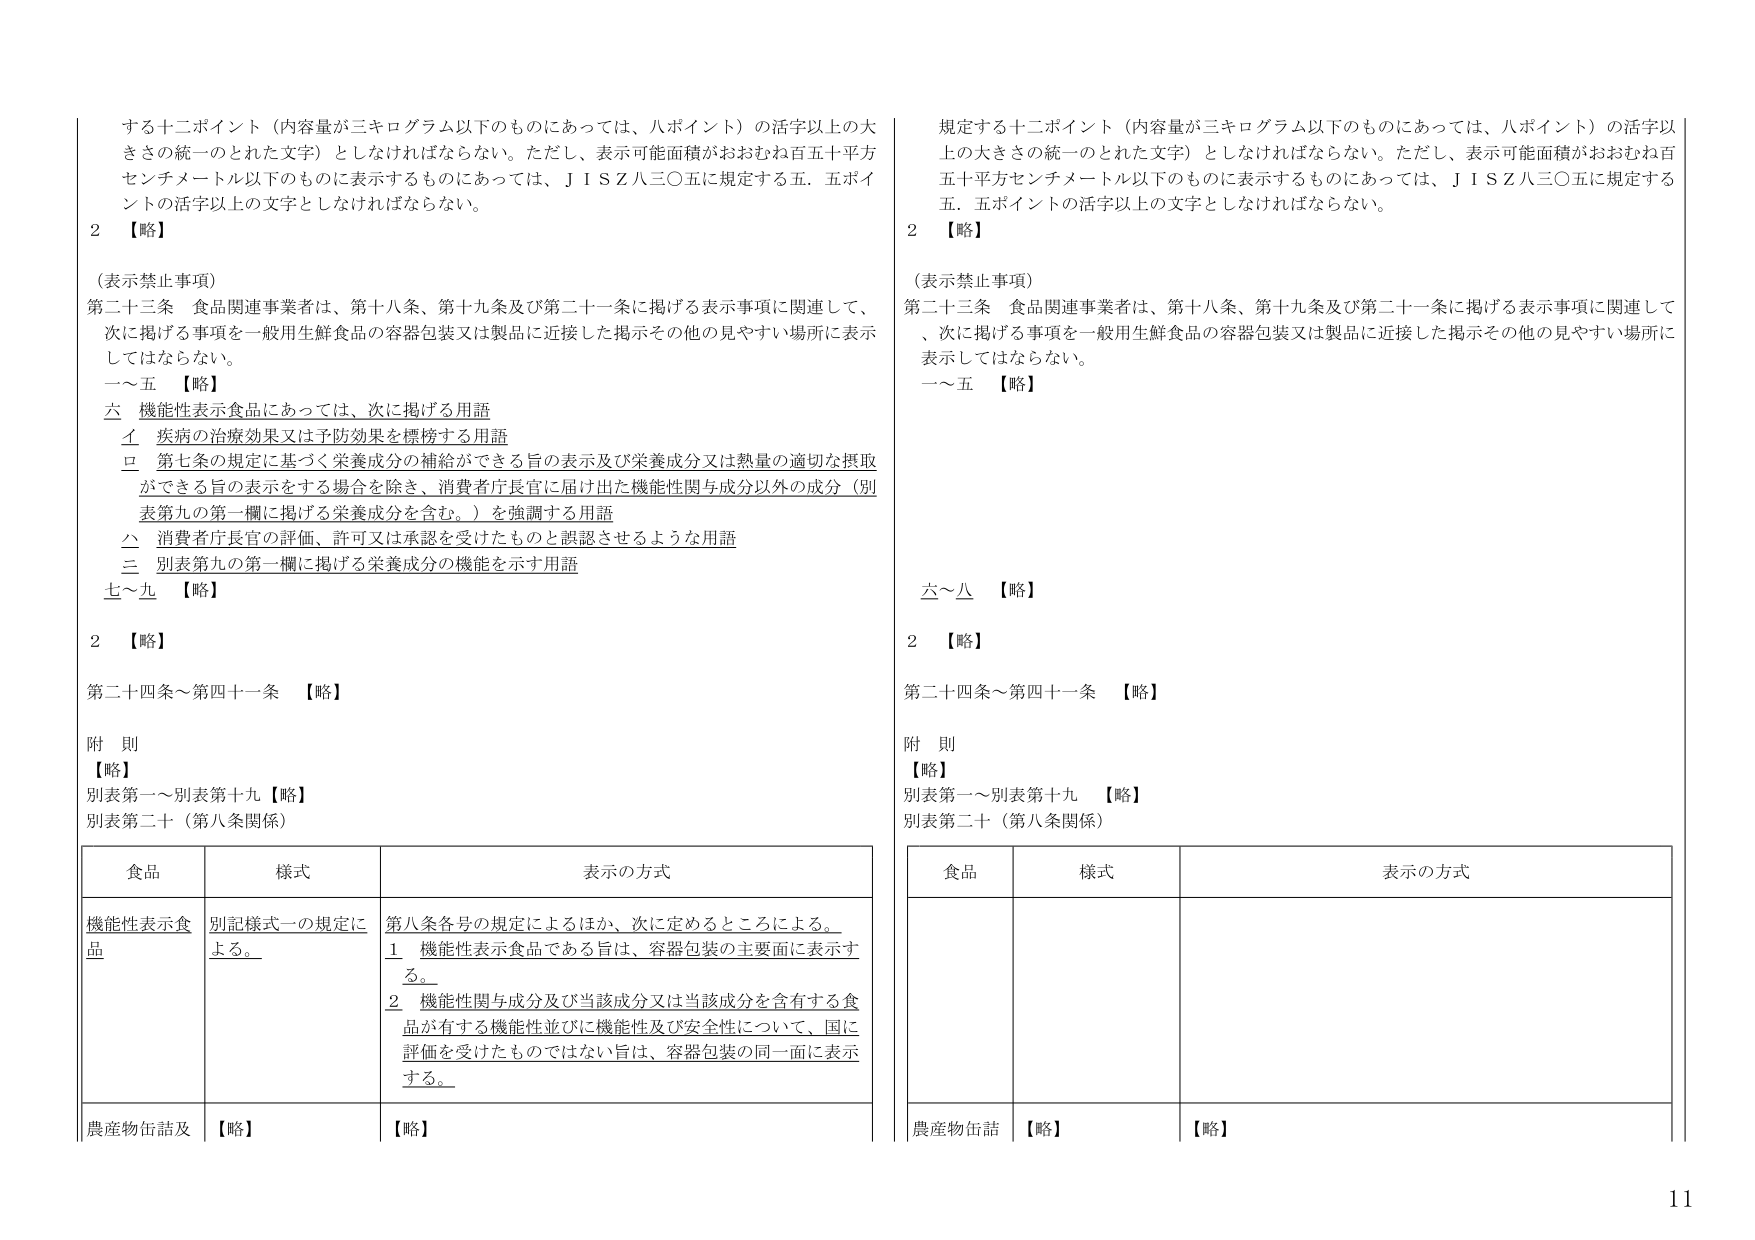
する十二ポイント（内容量が三キログラム以下のものにあっては、八ポイント）の活字以上の大 きさの統一のとれた文字）としなければならない。ただし、表示可能面積がおおむね百五十平方 センチメートル以下のものに表示するものにあっては、ＪＩＳＺ八三〇五に規定する五．五ポイ ントの活字以上の文字としなければならない。

２ 【略】

（表示禁止事項）

第二十三条 食品関連事業者は、第十八条、第十九条及び第二十一条に掲げる表示事項に関連して、 次に掲げる事項を一般用生鮮食品の容器包装又は製品に近接した掲示その他の見やすい場所に表示 してはならない。

一～五 【略】

六 機能性表示食品にあっては、次に掲げる用語

イ 疾病の治療効果又は予防効果を標榜する用語

ロ 第七条の規定に基づく栄養成分の補給ができる旨の表示及び栄養成分又は熱量の適切な摂取 ができる旨の表示をする場合を除き、消費者庁長官に届け出た機能性関与成分以外の成分（別 表第九の第一欄に掲げる栄養成分を含む。）を強調する用語

ハ 消費者庁長官の評価、許可又は承認を受けたものと誤認させるような用語

ニ 別表第九の第一欄に掲げる栄養成分の機能を示す用語

七～九 【略】

２ 【略】

第二十四条～第四十一条 【略】

附 則

【略】

別表第一～別表第十九 【略】

別表第二十（第八条関係）

| 食品 | 様式 | 表示の方式 |
|------|------|------------|
| 機能性表示食品 | 別記様式一の規定による。 | 第八条各号の規定によるほか、次に定めるところによる。<br>1　機能性表示食品である旨は、容器包装の主要面に表示する。<br>2　機能性関与成分及び当該成分又は当該成分を含有する食品が有する機能性並びに機能性及び安全性について、国に評価を受けたものではない旨は、容器包装の同一面に表示する。 |
| 農産物缶詰及 | 【略】 | 【略】 |

規定する十二ポイント（内容量が三キログラム以下のものにあっては、八ポイント）の活字以 上の大きさの統一のとれた文字）としなければならない。ただし、表示可能面積がおおむね百 五十平方センチメートル以下のものに表示するものにあっては、ＪＩＳＺ八三〇五に規定する 五．五ポイントの活字以上の文字としなければならない。

２ 【略】

（表示禁止事項）

第二十三条 食品関連事業者は、第十八条、第十九条及び第二十一条に掲げる表示事項に関連して 、次に掲げる事項を一般用生鮮食品の容器包装又は製品に近接した掲示その他の見やすい場所に 表示してはならない。

一～五 【略】

六～八 【略】

２ 【略】

第二十四条～第四十一条 【略】

附 則

【略】

別表第一～別表第十九 【略】

別表第二十（第八条関係）

| 食品 | 様式 | 表示の方式 |
|------|------|------------|
| | | |
| | | |
| 農産物缶詰 | 【略】 | 【略】 |

11